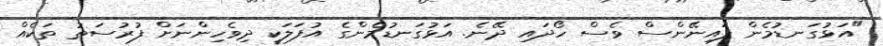
"އަޅުގަނޑުމެން ފައިނޭންސް ވެސް ހޯދައި ދޭނެ. އަޅުގަނޑުމެންގެ އުފަލަކީ ދިވެހިންނަށް ފުރުސަތު ތަކެއް